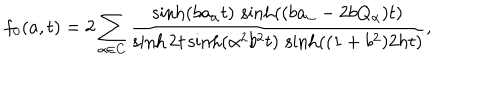
LaTeX: f _ { 0 } ( a , t ) = 2 \sum _ { \alpha \in \mathbf { C } } \frac { \sinh ( b a _ { \alpha } t ) \, \sinh ( ( b a _ { \alpha } - 2 b Q _ { \alpha } ) t ) } { \sinh 2 t \sinh ( \alpha ^ { 2 } b ^ { 2 } t ) \, \sinh ( ( 1 + b ^ { 2 } ) 2 h t ) } ,